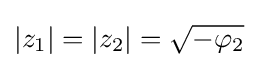
|z_{1}|=|z_{2}|={\sqrt {-\varphi _{2}}}